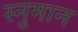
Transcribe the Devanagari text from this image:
स्नुमान